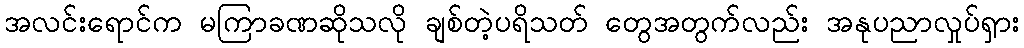
အလင်းရောင်က မကြာခဏဆိုသလို ချစ်တဲ့ပရိသတ် တွေအတွက်လည်း အနုပညာလှုပ်ရှား